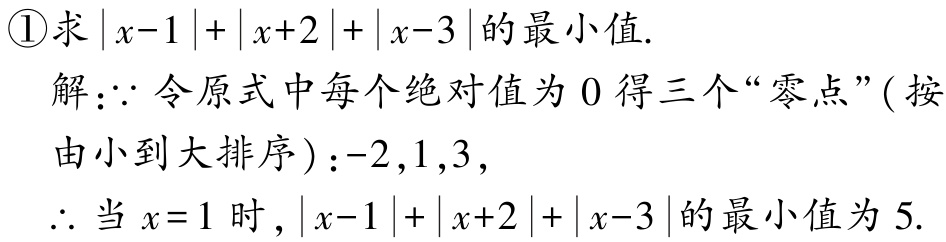
\textcircled{1}求\(\vert x - 1\vert+\vert x + 2\vert+\vert x - 3\vert\)的最小值.

解：\(\because\)令原式中每个绝对值为\(0\)得三个“零点”(按由小到大排序)：\(-2,1,3\)，

\(\therefore\)当\(x = 1\)时，\(\vert x - 1\vert+\vert x + 2\vert+\vert x - 3\vert\)的最小值为\(5\).